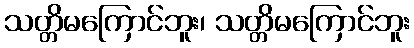
သတ္တိမကြောင်ဘူး၊ သတ္တိမကြောင်ဘူး